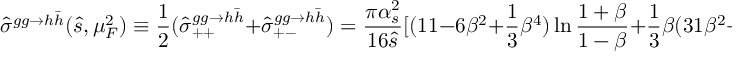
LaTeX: \hat { \sigma } ^ { g g \rightarrow h \bar { h } } ( \hat { s } , \mu _ { F } ^ { 2 } ) \equiv { \frac { 1 } { 2 } } ( \hat { \sigma } _ { + + } ^ { g g \rightarrow h \bar { h } } + \hat { \sigma } _ { + - } ^ { g g \rightarrow h \bar { h } } ) = { \frac { \pi \alpha _ { s } ^ { 2 } } { 1 6 \hat { s } } } [ ( 1 1 - 6 \beta ^ { 2 } + { \frac { 1 } { 3 } } \beta ^ { 4 } ) \ln { \frac { 1 + \beta } { 1 - \beta } } + { \frac { 1 } { 3 } } \beta ( 3 1 \beta ^ { 2 } - 5 9 ) ] \quad .